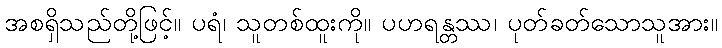
အစရှိသည်တို့ဖြင့်။ ပရံ၊ သူတစ်ထူးကို။ ပဟရန္တဿ၊ ပုတ်ခတ်သောသူအား။